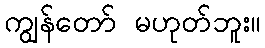
ကျွန်တော် မဟုတ်ဘူး။